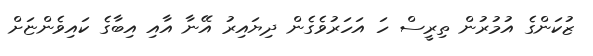
ޒުކަންގެ އުމުރުން ތިރީސް ހަ އަހަރުވެގެން ދިޔައިރު އޭނާ އާއި އިބާގެ ކައިވެންޏަށް